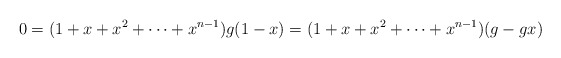
\begin{align*}0=(1+x+x^{2}+\cdots+x^{n-1})g(1-x)=(1+x+x^{2}+\cdots+x^{n-1})(g-gx)\end{align*}